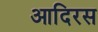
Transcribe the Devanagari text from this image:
आदिरस